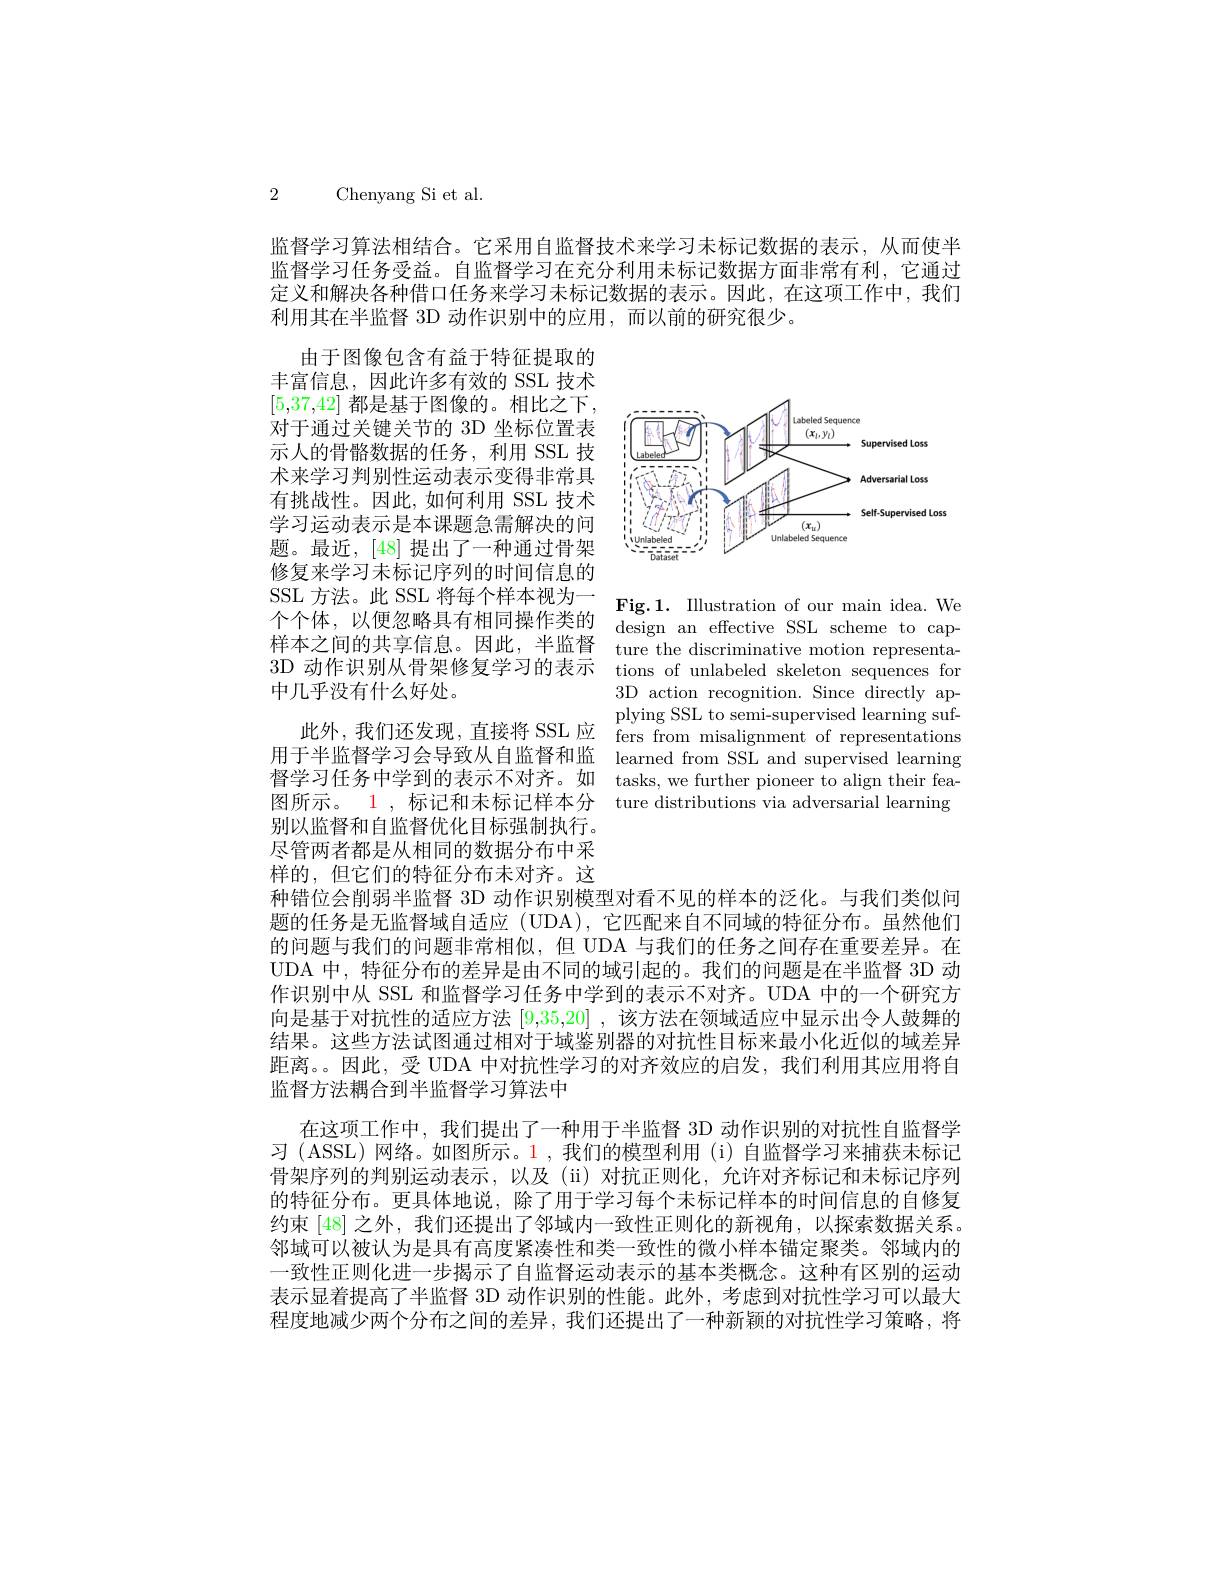
2 Chenyang Si et al.

监督学习算法相结合。它采用自监督技术来学习未标记数据的表示，从而使半监督学习任务受益。自监督学习在充分利用未标记数据方面非常有利，它通过定义和解决各种借口任务来学习未标记数据的表示。因此，在这项工作中，我们利用其在半监督 3D 动作识别中的应用，而以前的研究很少。

<FigureHere>

由于图像包含有益于特征提取的丰富信息，因此许多有效的 SSL 技术[5,37,42] 都是基于图像的。相比之下， 对于通过关键关节的 3D 坐标位置表示人的骨骼数据的任务，利用 SSL 技术来学习判别性运动表示变得非常具有挑战性。因此，如何利用 SSL 技术学习运动表示是本课题急需解决的问题。最近，[48]提出了一种通过骨架修复来学习未标记序列的时间信息的SSL 方法。此 SSL 将每个样本视为一 Fig.1. Illustration of our main idea. We 个个体，以便忽略具有相同操作类的 design an effective SSL scheme to cap样 本 之 间 的 共 享 信 息 。因 此 , 半 监 督 ture the discriminative motion representa- 2D 动 作 计 则 从 是 加 修 复 学 习 的 丰 云 ture the discriminative motion representa- 3D 动作识别从骨架修复学习的表示 tions of unlabeled skeleton sequences for 中几乎没有什么好处。
此外，我们还发现，直接将 SSL应 fers from misalignment of representations 用于半监督学习会导致从自监督和监 learned from SSL and supervised learning 督学习任务中学到的表示不对齐。如 tasks,we further pioneer to align their fea图所示。1,标记和未标记样本分 ture distributions via adversarial learning 别以监督和自监督优化目标强制执行。尽管两者都是从相同的数据分布中采样的，但它们的特征分布未对齐。这种错位会削弱半监督 3D 动作识别模型对看不见的样本的泛化。与我们类似问题的任务是无监督域自适应 (UDA),它匹配来自不同域的特征分布。虽然他们的问题与我们的问题非常相似，但 UDA 与我们的任务之间存在重要差异。在

3D action recognition. Since directly applying SSL to semi-supervised learning suf-

UDA 中，特征分布的差异是由不同的域引起的。我们的问题是在半监督 3D 动作识别中从 SSL 和监督学习任务中学到的表示不对齐。UDA 中的一个研究方向是基于对抗性的适应方法[9,35,20] ,该方法在领域适应中显示出令人鼓舞的结果。这些方法试图通过相对于域鉴别器的对抗性目标来最小化近似的域差异距离。因此，受 UDA 中对抗性学习的对齐效应的启发，我们利用其应用将自监督方法耦合到半监督学习算法中
在这项工作中，我们提出了一种用于半监督 3D 动作识别的对抗性自监督学习 (ASSL) 网络。如图所示。1 , 我们的模型利用 (i) 自监督学习来捕获未标记骨架序列的判别运动表示，以及(ii)对抗正则化，允许对齐标记和未标记序列的特征分布。更具体地说，除了用于学习每个未标记样本的时间信息的自修复约束[48]之外，我们还提出了邻域内一致性正则化的新视角，以探索数据关系。邻域可以被认为是具有高度紧凑性和类一致性的微小样本锚定聚类。邻域内的一致性正则化进一步揭示了自监督运动表示的基本类概念。这种有区别的运动表示显着提高了半监督 3D 动作识别的性能。此外，考虑到对抗性学习可以最大程度地减少两个分布之间的差异，我们还提出了一种新颖的对抗性学习策略，将